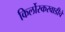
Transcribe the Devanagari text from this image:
किर्लोस्करवाडीचे